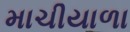
માચીયાળા